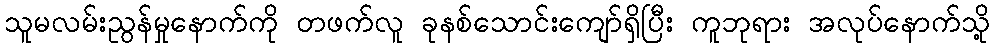
သူမလမ်းညွန်မှုနောက်ကို တဖက်လူ ခုနစ်သောင်းကျော်ရှိပြီး ကူဘုရား အလုပ်နောက်သို့